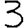
Digit: 3